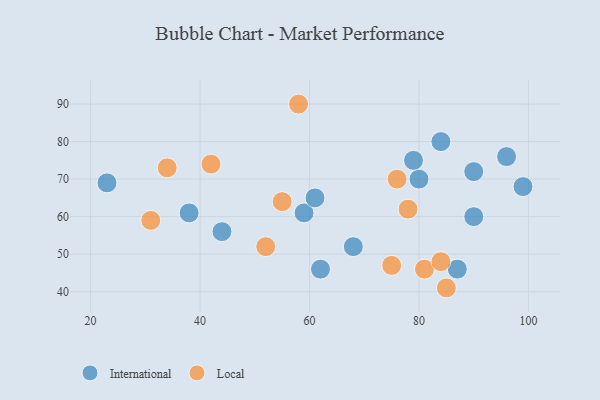
{"axis": {"x": "GDP", "y": "Life Expectancy"}, "legend": ["International", "Local"], "data": [{"x": "80", "y": 70, "type": "International"}, {"x": "79", "y": 75, "type": "International"}, {"x": "90", "y": 60, "type": "International"}, {"x": "44", "y": 56, "type": "International"}, {"x": "23", "y": 69, "type": "International"}, {"x": "38", "y": 61, "type": "International"}, {"x": "87", "y": 46, "type": "International"}, {"x": "84", "y": 80, "type": "International"}, {"x": "59", "y": 61, "type": "International"}, {"x": "62", "y": 46, "type": "International"}, {"x": "90", "y": 72, "type": "International"}, {"x": "68", "y": 52, "type": "International"}, {"x": "96", "y": 76, "type": "International"}, {"x": "61", "y": 65, "type": "International"}, {"x": "99", "y": 68, "type": "International"}, {"x": "81", "y": 46, "type": "Local"}, {"x": "76", "y": 70, "type": "Local"}, {"x": "55", "y": 64, "type": "Local"}, {"x": "84", "y": 48, "type": "Local"}, {"x": "42", "y": 74, "type": "Local"}, {"x": "78", "y": 62, "type": "Local"}, {"x": "34", "y": 73, "type": "Local"}, {"x": "52", "y": 52, "type": "Local"}, {"x": "85", "y": 41, "type": "Local"}, {"x": "31", "y": 59, "type": "Local"}, {"x": "75", "y": 47, "type": "Local"}, {"x": "58", "y": 90, "type": "Local"}]}